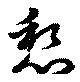
愁